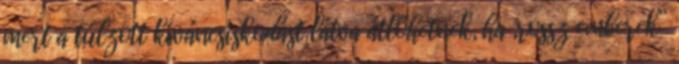
mert a túlzott kíváncsiskodást látva átlőhetnek, ha „rossz emberek”